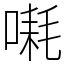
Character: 𪡱